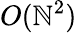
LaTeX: O(\mathbb{N}^{2})